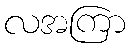
လအကြာ